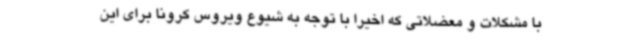
با مشکلات و معضلاتی که اخیرا با توجه به شیوع ویروس کرونا برای این